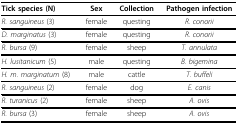
| Tick species (N) | Sex | Collection | Pathogen infection |
 | --- | --- | --- | --- |
 | R. sanguineus (3) | female | questing | R. conorii |
 | D. marginatus (3) | female | questing | R. conorii |
 | R. bursa (9) | female | sheep | T. annulata |
 | H. lusitanicum (5) | male | questing | B. bigemina |
 | H. m. marginatum (8) | male | cattle | T. buffeli |
 | R. sanguineus (2) | female | dog | E. canis |
 | R. turanicus (2) | female | sheep | A. ovis |
 | R. bursa (3) | female | sheep | A. ovis |